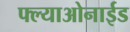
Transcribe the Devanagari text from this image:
फ्ल्याओनाईड